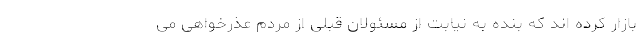
بازار کرده اند که بنده به نیابت از مسئولان قبلی از مردم عذرخواهی می